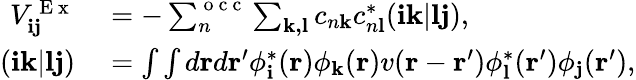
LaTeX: \begin{array}{rl}{V_{\mathbf{ij}}^{\mathrm{~E~x~}}}&{{}=-\sum_{n}^{\mathrm{~o~c~c~}}\sum_{\mathbf{k,l}}c_{n\mathbf{k}}c_{n\mathbf{l}}^{*}(\mathbf{ik}|\mathbf{lj}),}\\ {(\mathbf{ik}|\mathbf{lj})}&{{}=\int\int d\mathbf{r}d\mathbf{r^{\prime}}\phi_{\mathbf{i}}^{*}(\mathbf{r})\phi_{\mathbf{k}}(\mathbf{r})v(\mathbf{r}-\mathbf{r^{\prime}})\phi_{\mathbf{l}}^{*}(\mathbf{r^{\prime}})\phi_{\mathbf{j}}(\mathbf{r^{\prime}}),}\end{array}